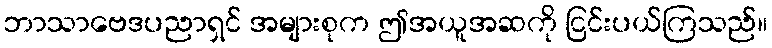
ဘာသာဗေဒပညာရှင် အများစုက ဤအယူအဆကို ငြင်းပယ်ကြသည်။